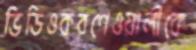
ভিডিওকরণেওয়ালীকে